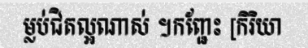
ម្លប់ជិតល្អណាស់ ។កញ្ជែះ [កិរិយា